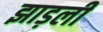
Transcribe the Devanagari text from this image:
झाड़ली